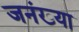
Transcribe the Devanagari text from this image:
जनंख्या